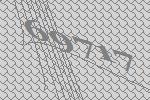
69717